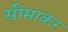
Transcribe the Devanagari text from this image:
सीमाकर